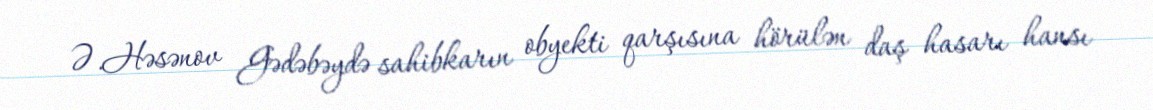
Ə.Həsənov Gədəbəydə sahibkarın obyekti qarşısına hörülən daş hasarı hansı